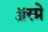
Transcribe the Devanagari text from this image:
ॲस्प्रे